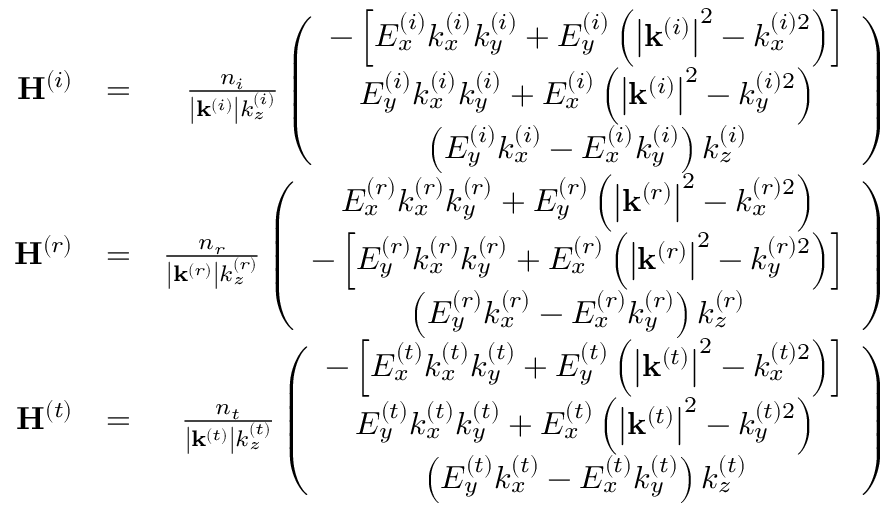
\begin{array} { r l r } { \mathbf { H } ^ { \left( i \right) } } & { = } & { \frac { n _ { i } } { \left\vert \mathbf { k } ^ { \left( i \right) } \right\vert k _ { z } ^ { \left( i \right) } } \left( \begin{array} { c } { - \left[ E _ { x } ^ { \left( i \right) } k _ { x } ^ { \left( i \right) } k _ { y } ^ { \left( i \right) } + E _ { y } ^ { \left( i \right) } \left( \left\vert \mathbf { k } ^ { \left( i \right) } \right\vert ^ { 2 } - k _ { x } ^ { \left( i \right) 2 } \right) \right] } \\ { E _ { y } ^ { \left( i \right) } k _ { x } ^ { \left( i \right) } k _ { y } ^ { \left( i \right) } + E _ { x } ^ { \left( i \right) } \left( \left\vert \mathbf { k } ^ { \left( i \right) } \right\vert ^ { 2 } - k _ { y } ^ { \left( i \right) 2 } \right) } \\ { \left( E _ { y } ^ { \left( i \right) } k _ { x } ^ { \left( i \right) } - E _ { x } ^ { \left( i \right) } k _ { y } ^ { \left( i \right) } \right) k _ { z } ^ { \left( i \right) } } \end{array} \right) } \\ { \mathbf { H } ^ { \left( r \right) } } & { = } & { \frac { n _ { r } } { \left\vert \mathbf { k } ^ { \left( r \right) } \right\vert k _ { z } ^ { \left( r \right) } } \left( \begin{array} { c } { E _ { x } ^ { \left( r \right) } k _ { x } ^ { \left( r \right) } k _ { y } ^ { \left( r \right) } + E _ { y } ^ { \left( r \right) } \left( \left\vert \mathbf { k } ^ { \left( r \right) } \right\vert ^ { 2 } - k _ { x } ^ { \left( r \right) 2 } \right) } \\ { - \left[ E _ { y } ^ { \left( r \right) } k _ { x } ^ { \left( r \right) } k _ { y } ^ { \left( r \right) } + E _ { x } ^ { \left( r \right) } \left( \left\vert \mathbf { k } ^ { \left( r \right) } \right\vert ^ { 2 } - k _ { y } ^ { \left( r \right) 2 } \right) \right] } \\ { \left( E _ { y } ^ { \left( r \right) } k _ { x } ^ { \left( r \right) } - E _ { x } ^ { \left( r \right) } k _ { y } ^ { \left( r \right) } \right) k _ { z } ^ { \left( r \right) } } \end{array} \right) } \\ { \mathbf { H } ^ { \left( t \right) } } & { = } & { \frac { n _ { t } } { \left\vert \mathbf { k } ^ { \left( t \right) } \right\vert k _ { z } ^ { \left( t \right) } } \left( \begin{array} { c } { - \left[ E _ { x } ^ { \left( t \right) } k _ { x } ^ { \left( t \right) } k _ { y } ^ { \left( t \right) } + E _ { y } ^ { \left( t \right) } \left( \left\vert \mathbf { k } ^ { \left( t \right) } \right\vert ^ { 2 } - k _ { x } ^ { \left( t \right) 2 } \right) \right] } \\ { E _ { y } ^ { \left( t \right) } k _ { x } ^ { \left( t \right) } k _ { y } ^ { \left( t \right) } + E _ { x } ^ { \left( t \right) } \left( \left\vert \mathbf { k } ^ { \left( t \right) } \right\vert ^ { 2 } - k _ { y } ^ { \left( t \right) 2 } \right) } \\ { \left( E _ { y } ^ { \left( t \right) } k _ { x } ^ { \left( t \right) } - E _ { x } ^ { \left( t \right) } k _ { y } ^ { \left( t \right) } \right) k _ { z } ^ { \left( t \right) } } \end{array} \right) } \end{array}